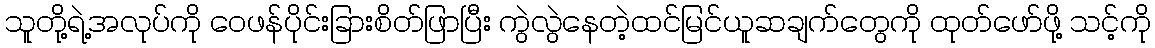
သူတို့ရဲ့အလုပ်ကို ဝေဖန်ပိုင်းခြားစိတ်ဖြာပြီး ကွဲလွဲနေတဲ့ထင်မြင်ယူဆချက်တွေကို ထုတ်ဖော်ဖို့ သင့်ကို